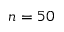
n = 5 0